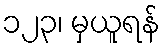
၁၂၃၊ မှယူရန်